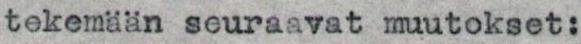
tekemään seuraavat muutokset: